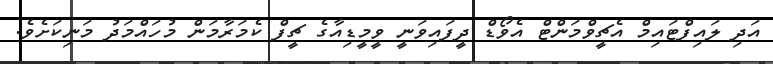
އަދި ލައިފްޓައިމް އެޗީވްމަންޓް އެވޯޑް ދީފައިވަނީ ވީމީޑިއާގެ ޗީފް ކެމަރާމަން މުހައްމަދު މަނިކަށެވެ.